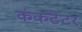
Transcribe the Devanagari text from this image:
कंकटेटर